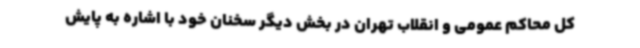
کل محاکم عمومی و انقلاب تهران در بخش دیگر سخنان خود با اشاره به پایش